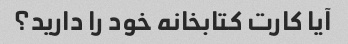
آیا کارت کتابخانه خود را دارید؟